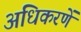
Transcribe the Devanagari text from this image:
अधिकरणें